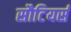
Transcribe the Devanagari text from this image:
सौटियर्स